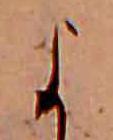
よ